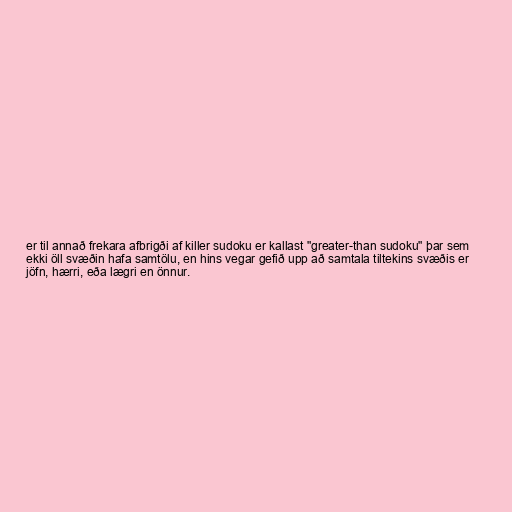
er til annað frekara afbrigði af killer sudoku er kallast "greater-than sudoku" þar sem
ekki öll svæðin hafa samtölu, en hins vegar gefið upp að samtala tiltekins svæðis er
jöfn, hærri, eða lægri en önnur.